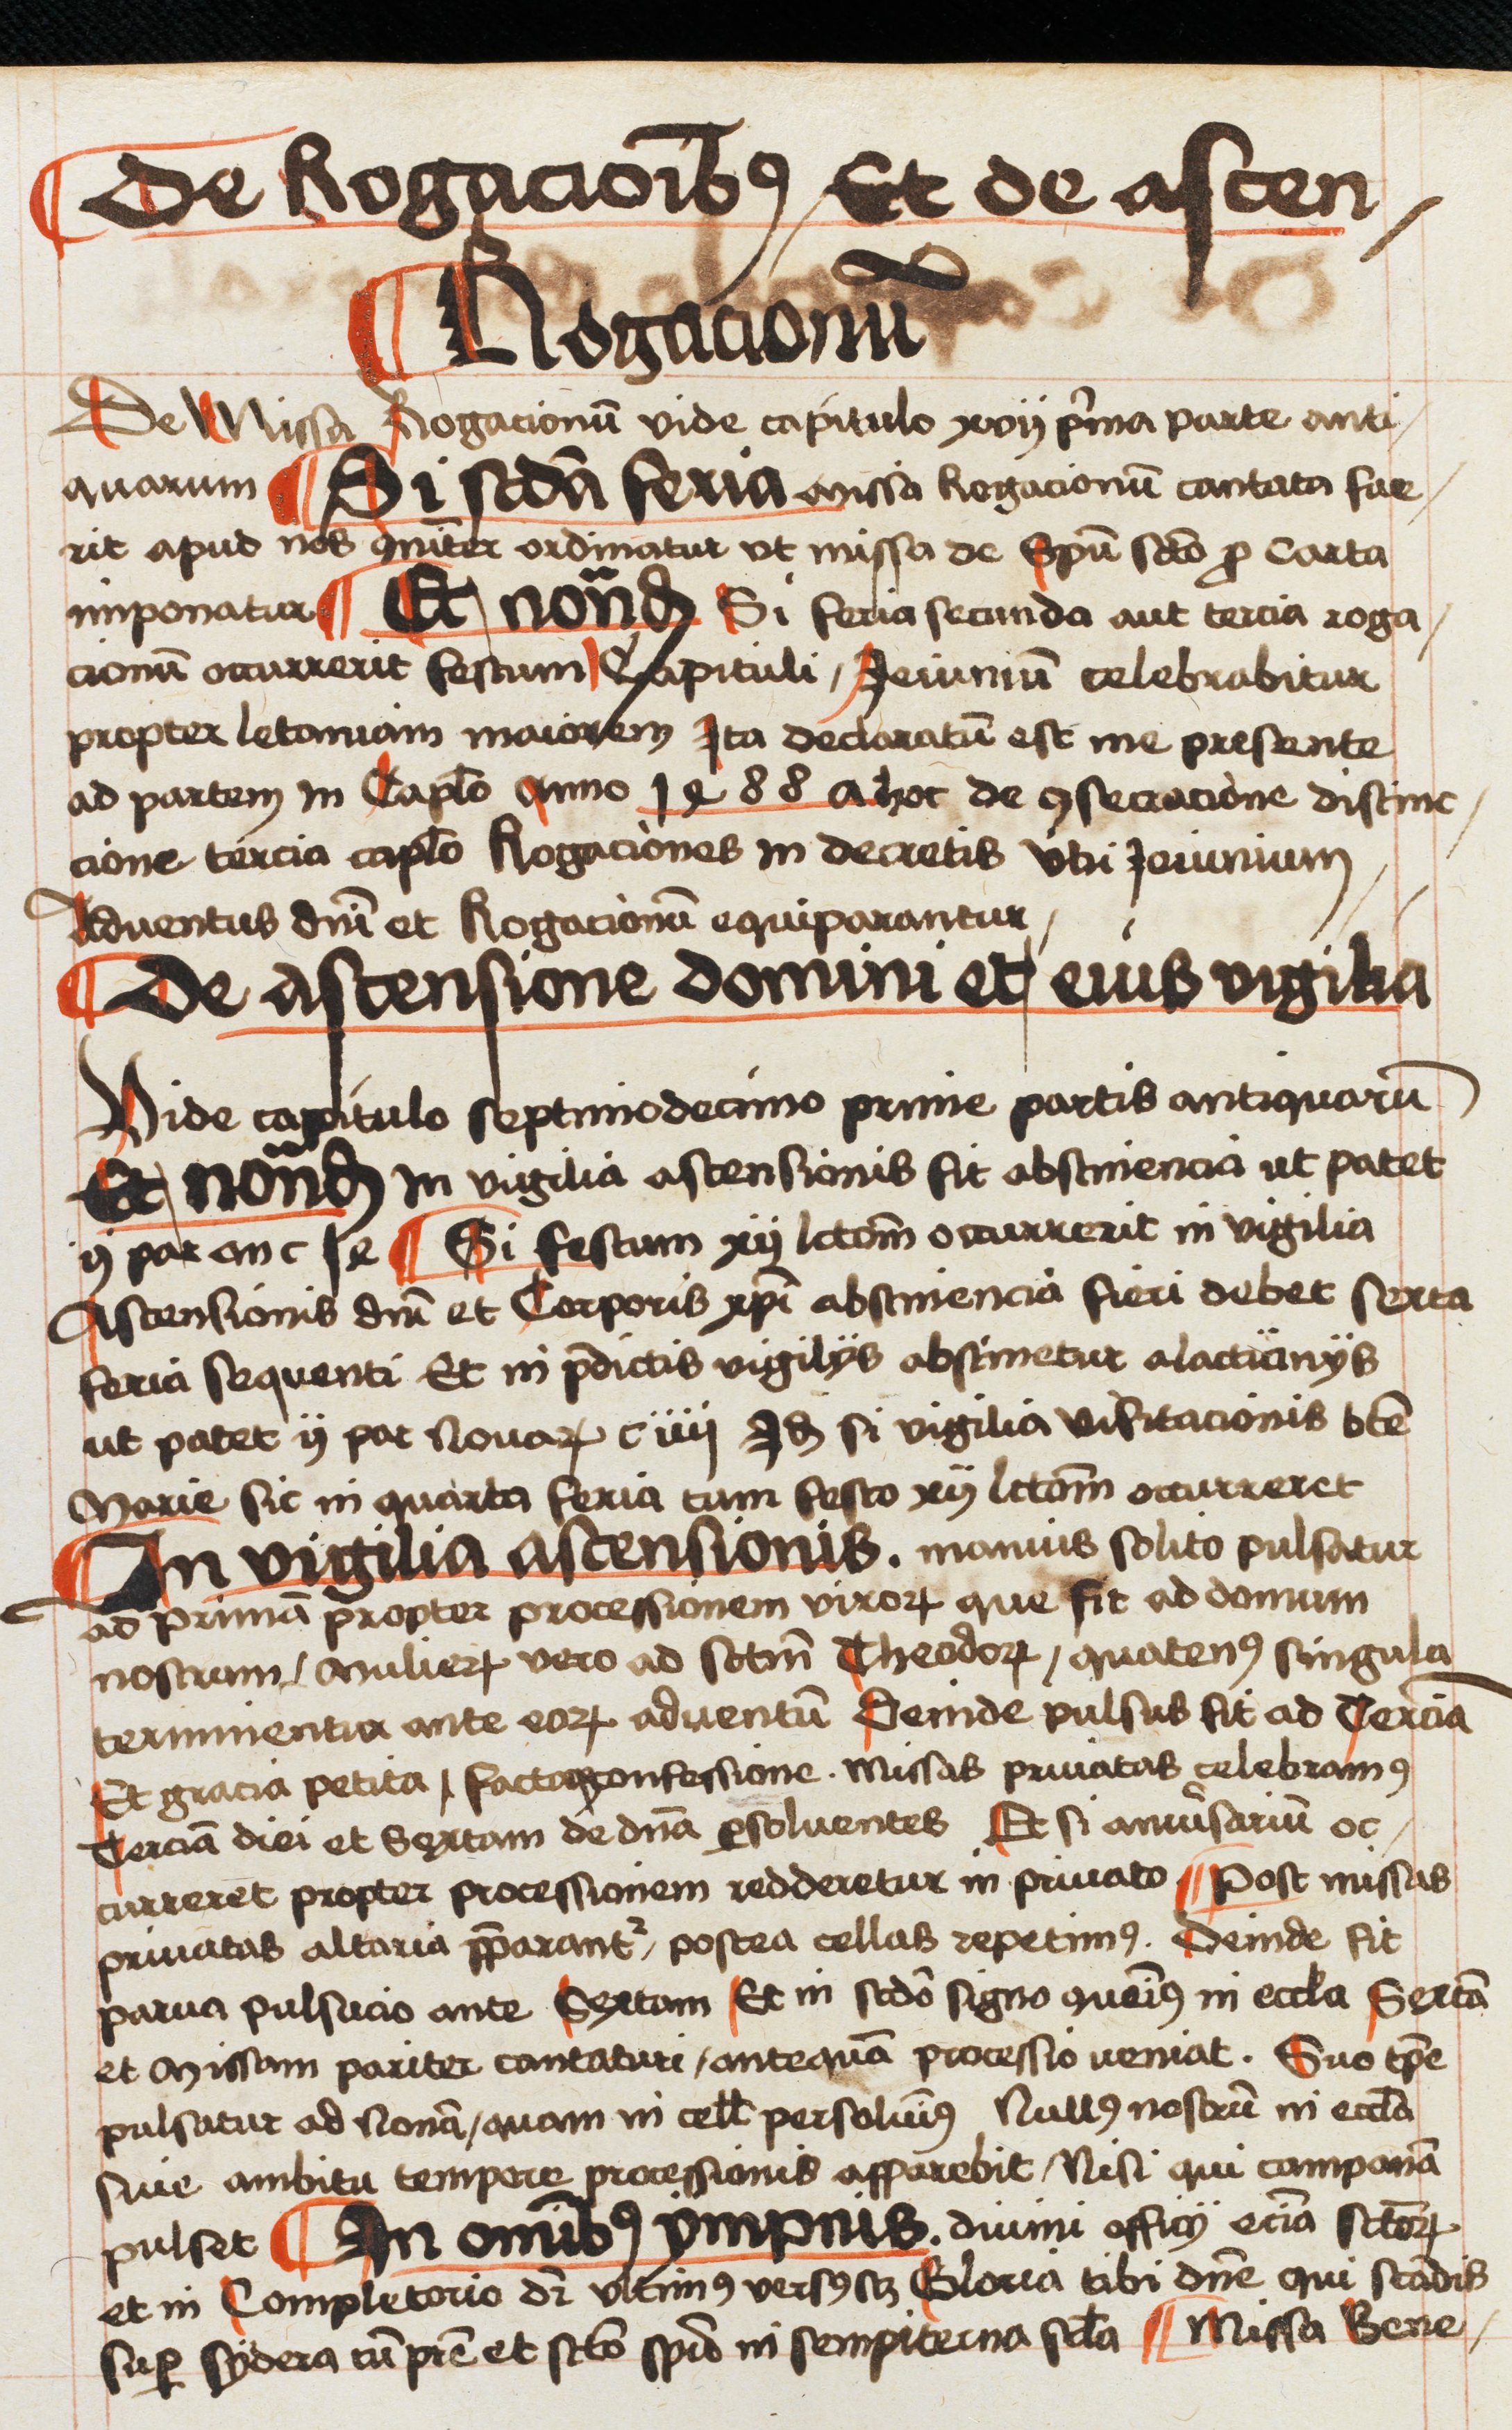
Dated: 1496–1498